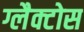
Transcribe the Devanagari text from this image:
ग्लैक्टोस